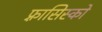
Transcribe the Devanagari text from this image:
फ़्रासिस्को